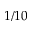
1 / 1 0